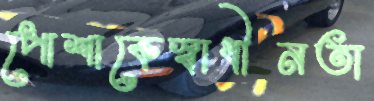
পোশাকেস্বাধীনতা